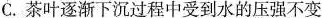
C.茶叶逐渐下沉过程中受到水的压强不变